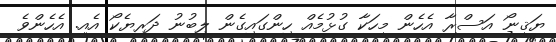
ޔަޤީނޯ އަސްރާ އެހެން މީހަކާ ގުޅުމެއް ހިންގައިގެން ލިބުނު ދަރިޔެކޯ އެއީ. އެހެންވެ